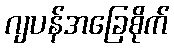
ဂျပန်အခြေစိုက်